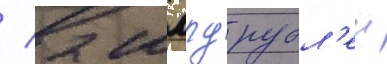
/ 2 млрд рубл'еи